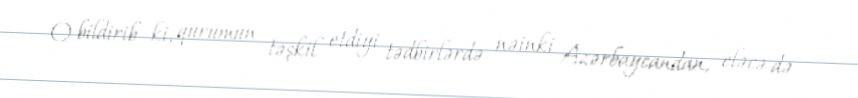
O bildirib ki, qurumun təşkil etdiyi tədbirlərdə nəinki Azərbaycandan, eləcə də